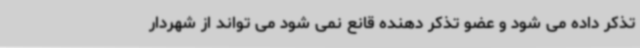
تذکر داده می شود و عضو تذکر دهنده قانع نمی شود می تواند از شهردار